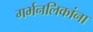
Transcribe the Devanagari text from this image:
गर्भनलिकांना